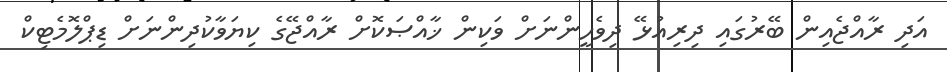
އަދި ރާއްޖެއިން ބޭރުގައި ދިރިއުޅޭ ދިވެހީންނަށް ވަކިން ޚާއްޞަކޮށް ރާއްޖޭގެ ކިޔަވާކުދިންނަށް ޑިޕްލޮމެޓިކް